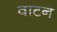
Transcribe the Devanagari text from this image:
वाटन